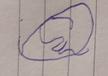
Signature authenticity: forged